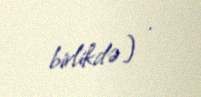
birlikdə) .